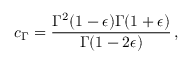
c _ { \Gamma } = \frac { \Gamma ^ { 2 } ( 1 - \epsilon ) \Gamma ( 1 + \epsilon ) } { \Gamma ( 1 - 2 \epsilon ) } \, ,